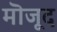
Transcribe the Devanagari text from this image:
मॊजूद